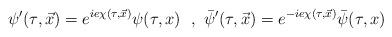
LaTeX: \begin{align*}\psi'(\tau,\vec x)=e^{ie\chi(\tau,\vec x)}\psi(\tau,x){}~~,~\bar\psi'(\tau,\vec x)=e^{-ie\chi(\tau,\vec x)}\bar\psi(\tau,x)\end{align*}